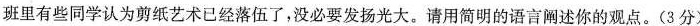
班里有些同学认为剪纸艺术已经落伍了，没必要发扬光大。请用简明的语言阐述你的观点。(3分)